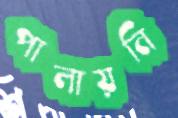
পালায়নি